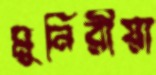
মুনিরীয়া